Lunatic asylums Punjab 1911-1921 - 1911-1921
Year: 1911
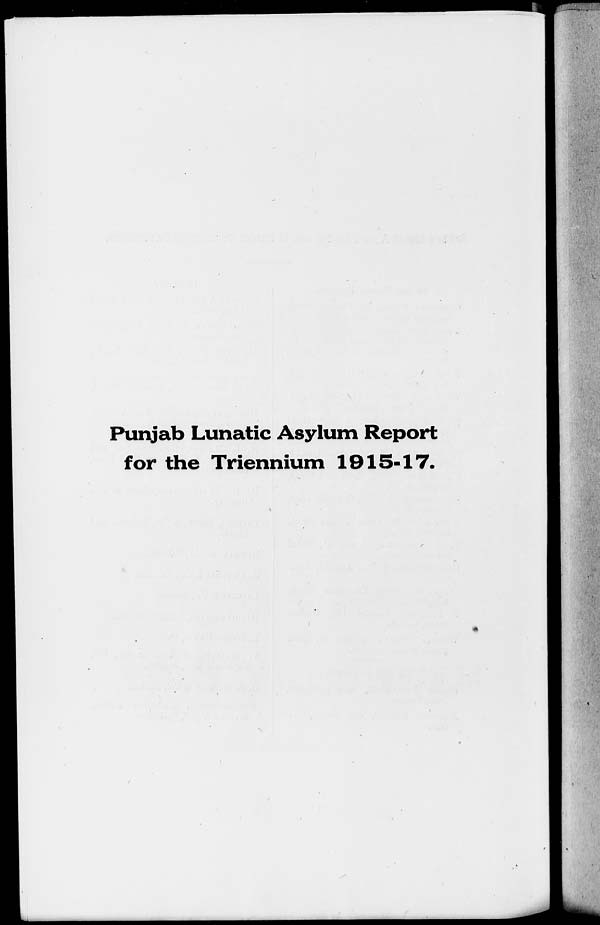
Punjab Lunatic Asylum Report
for the Triennium 1915-17.